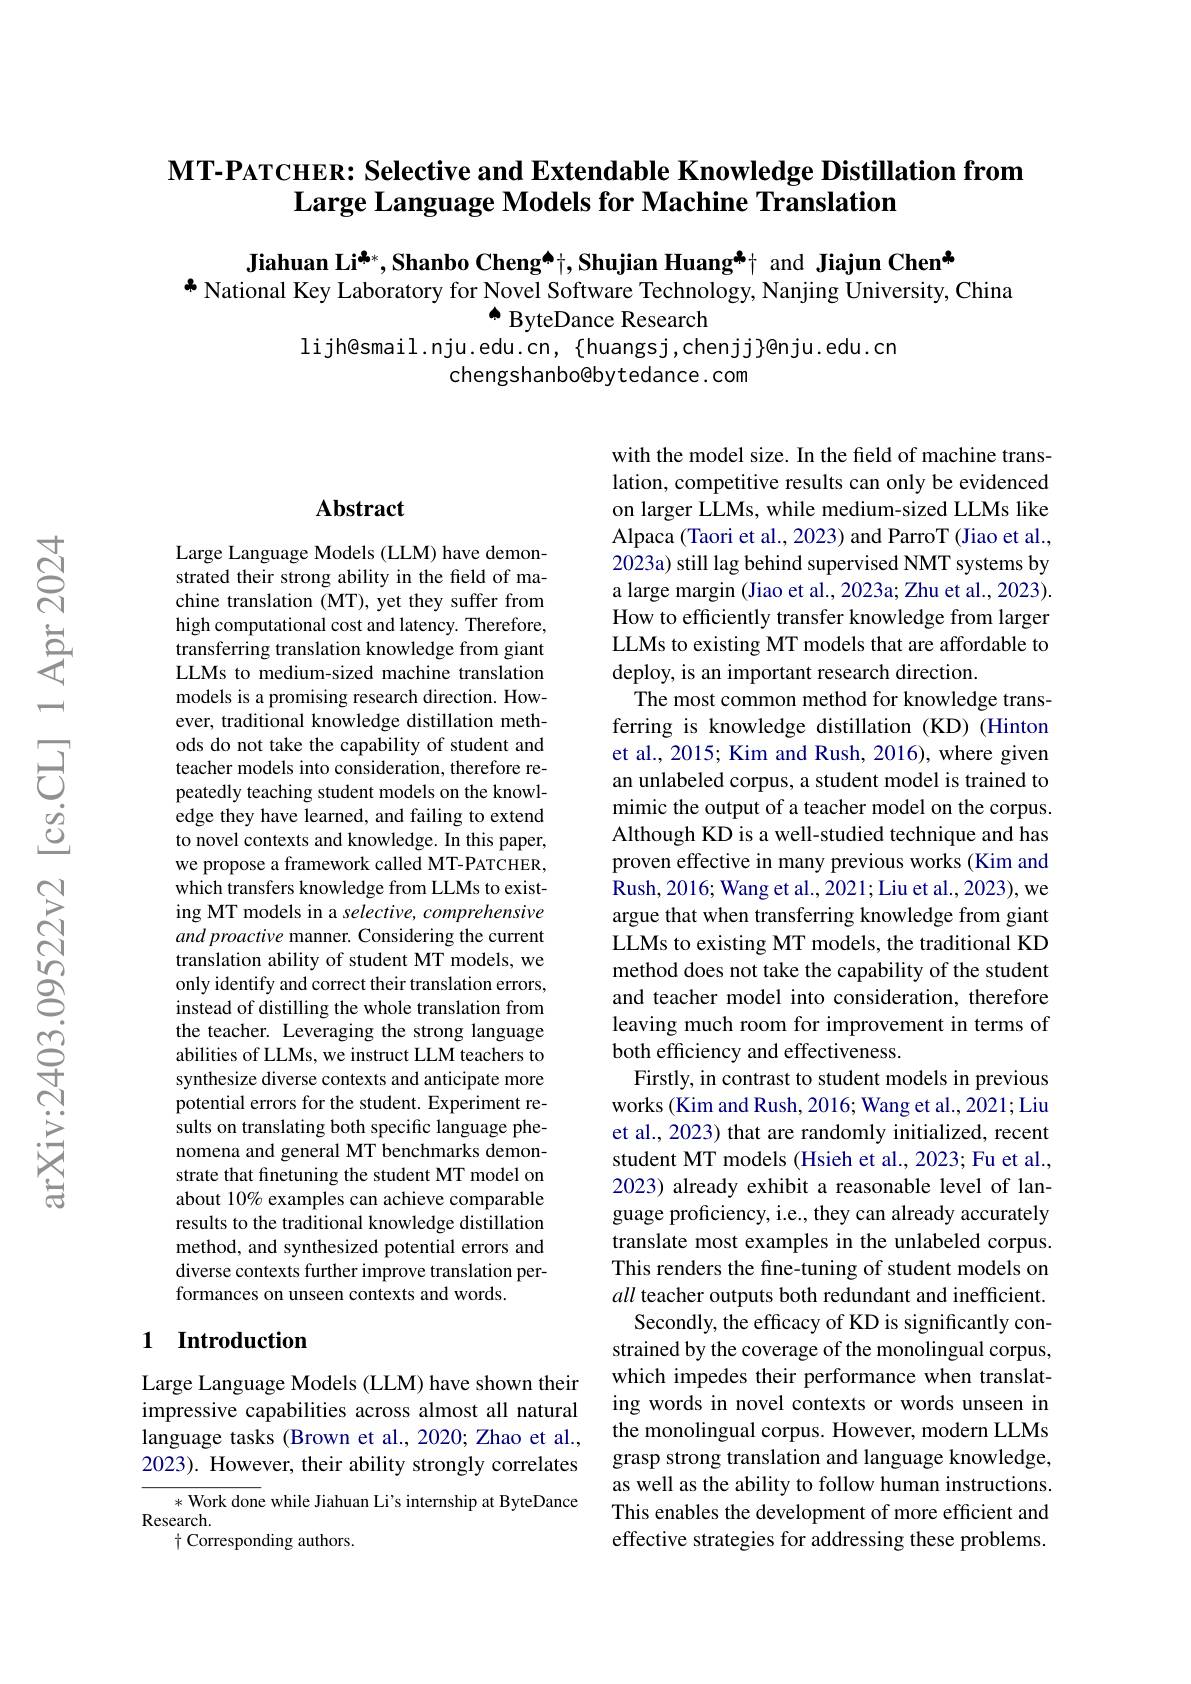
### MT-PATCHER: Selective and Extendable Knowledge Distillation from Large Language Models for Machine Translation

Jiahuan Li$^{\clubsuit*}$,Shanbo Cheng[INDEX]t,Shujian Huangå+ and Jiajun Chen"
$^{*}$ National Key Laboratory for Novel Software Technology, Nanjing University, China
a ByteDance Research

lijh@smail.nju.edu.cn, {huangsj,chenjj}@nju.edu.cn
chengshanbo@bytedance. com

### Abstract

Large Language Models (LLM) have demonstrated their strong ability in the field of machine translation (MT), yet they suffer from high computational cost and latency. Therefore, transferring translation knowledge from giant LLMs to medium-sized machine translation models is a promising research direction. However, traditional knowledge distillation methods do not take the capability of student and teacher models into consideration, therefore repeatedly teaching student models on the knowledge they have learned, and failing to extend to novel contexts and knowledge. In this paper, we propose a framework called MT-PATCHER, which transfers knowledge from LLMs to existing MT models in a selective, comprehensive and proactive manner. Considering the current translation ability of student MT models, we only identify and correct their translation errors, instead of distilling the whole translation from the teacher. Leveraging the strong language abilities of LLMs, we instruct LLM teachers to synthesize diverse contexts and anticipate more potential errors for the student. Experiment results on translating both specific language phenomena and general MT benchmarks demonstrate that finetuning the student MT model on about 10% examples can achieve comparable results to the traditional knowledge distillation method, and synthesized potential errors and diverse contexts further improve translation performances on unseen contexts and words.

with the model size. In the field of machine translation, competitive results can only be evidenced on larger LLMs, while medium-sized LLMs like Alpaca (Taori et al., 2023) and ParroT (Jiao et al., 2023a) still lag behind supervised NMT systems by a large margin (Jiao et al., 2023a; Zhu et al., 2023). How to efficiently transfer knowledge from larger LLMs to existing MT models that are affordable to deploy, is an important research direction.
The most common method for knowledge transferring is knowledge distillation (KD) (Hinton et al., 2015; Kim and Rush, 2016), where given an unlabeled corpus, a student model is trained to mimic the output of a teacher model on the corpus. Although KD is a well-studied technique and has proven effective in many previous works (Kim and Rush, 2016; Wang et al., 2021; Liu et al., 2023), we argue that when transferring knowledge from giant LLMs to existing MT models, the traditional KD method does not take the capability of the student and teacher model into consideration, therefore leaving much room for improvement in terms of both efficiency and effectiveness
Firstly, in contrast to student models in previous works (Kim and Rush, 2016; Wang et al., 2021; Liu et al., 2023) that are randomly initialized, recent student MT models (Hsieh et al., 2023; Fu et al., 2023) already exhibit a reasonable level of language proficiency, i.e., they can already accurately translate most examples in the unlabeled corpus. This renders the fine-tuning of student models on all teacher outputs both redundant and inefficient. Secondly, the efficacy of KD is significantly constrained by the coverage of the monolingual corpus, which impedes their performance when translating words in novel contexts or words unseen in the monolingual corpus. However, modern LLMs grasp strong translation and language knowledge, as well as the ability to follow human instructions. This enables the development of more efficient and effective strategies for addressing these problems.

## 1 Introduction

Large Language Models (LLM) have shown their impressive capabilities across almost all natural language tasks (Brown et al., 2020; Zhao et al., 2023). However, their ability strongly correlates

* Work done while Jiahuan Li's internship at ByteDance
Research.
$\dagger$ Corresponding authors.